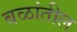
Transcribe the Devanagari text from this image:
बळांतील